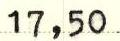
17,50